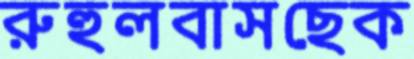
রুহুলবাসছেক